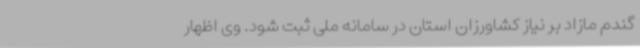
گندم مازاد بر نیاز کشاورزان استان در سامانه ملی ثبت شود. وی اظهار